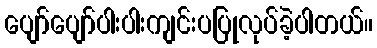
ပျော်ပျော်ပါးပါးကျင်းပပြုလုပ်ခဲ့ပါတယ်။